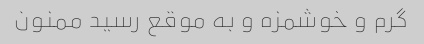
گرم و خوشمزه و به موقع رسید ممنون